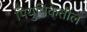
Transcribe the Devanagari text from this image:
पियुषिकेतील